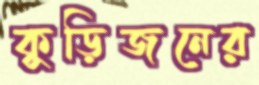
কুড়িজনের